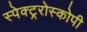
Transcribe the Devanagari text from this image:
स्पेक्ट्ररोस्कोपी